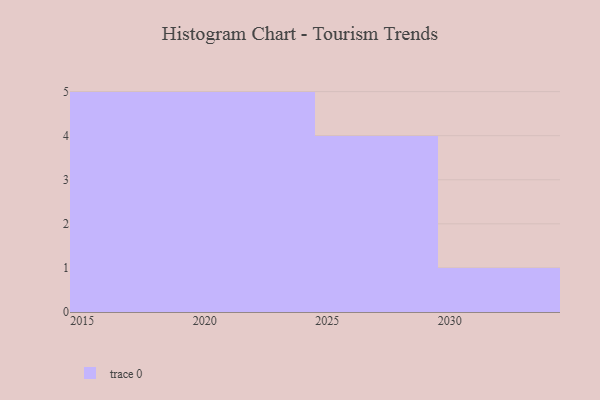
{"axis": {"x": "Year", "y": "Bounce Rate (%)"}, "legend": [""], "data": [{"x": "2025", "y": 82, "type": ""}, {"x": "2023", "y": 79, "type": ""}, {"x": "2015", "y": 77, "type": ""}, {"x": "2017", "y": 75, "type": ""}, {"x": "2021", "y": 96, "type": ""}, {"x": "2024", "y": 39, "type": ""}, {"x": "2027", "y": 46, "type": ""}, {"x": "2026", "y": 34, "type": ""}, {"x": "2020", "y": 12, "type": ""}, {"x": "2030", "y": 90, "type": ""}, {"x": "2016", "y": 17, "type": ""}, {"x": "2028", "y": 29, "type": ""}, {"x": "2022", "y": 77, "type": ""}, {"x": "2018", "y": 46, "type": ""}, {"x": "2019", "y": 53, "type": ""}]}